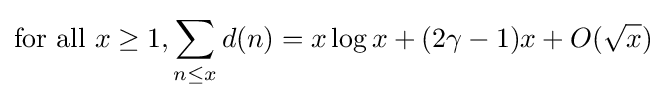
{\mbox{for all }}x\geq 1,\sum _{n\leq x}d(n)=x\log x+(2\gamma -1)x+O({\sqrt {x}})